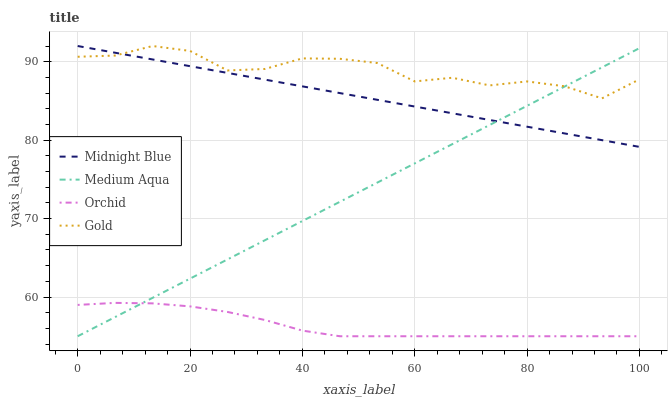
| xaxis_label | Midnight Blue | Medium Aqua | Orchid | Gold |
 | --- | --- | --- | --- | --- |
 | 0 | 92 | 55 | 59 | 90.6 |
 | 6.67 | 91.1 | 57.4 | 59.3 | 90.8 |
 | 13.3 | 90.3 | 59.9 | 59.2 | 92 |
 | 20 | 89.4 | 62.3 | 58.8 | 91.4 |
 | 26.7 | 88.6 | 64.8 | 58.1 | 88.9 |
 | 33.3 | 87.7 | 67.2 | 57.1 | 89.1 |
 | 40 | 86.9 | 69.7 | 55.7 | 90.4 |
 | 46.7 | 86 | 72.1 | 55 | 90.4 |
 | 53.3 | 85.1 | 74.6 | 55 | 89.8 |
 | 60 | 84.3 | 77 | 55 | 87.5 |
 | 66.7 | 83.4 | 79.5 | 55 | 88 |
 | 73.3 | 82.6 | 81.9 | 55 | 87 |
 | 80 | 81.7 | 84.4 | 55 | 87.5 |
 | 86.7 | 80.9 | 86.8 | 55 | 86.9 |
 | 93.3 | 80 | 89.3 | 55 | 85.3 |
 | 100 | 79.1 | 91.7 | 55 | 87.7 |